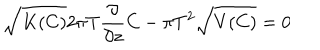
LaTeX: \sqrt { K ( C ) } 2 \pi T { \frac { \partial } { \partial z } } C - \pi T ^ { 2 } \sqrt { V ( C ) } = 0